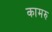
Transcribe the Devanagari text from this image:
कामरु